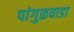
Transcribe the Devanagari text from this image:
पांगुळवाडा